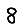
Digit: 8